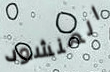
المنشود